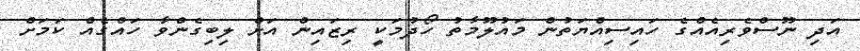
އަދި ނޫސްވެރިއެއްގެ ހައިސިއްޔަތުން މައުލޫމާތު ހޯދުމަކީ ރިޒައިން އަށް ލިބިގެންވާ ހައްގެއް ކަމަށް